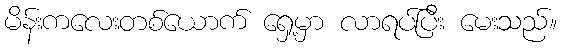
မိန်းကလေးတစ်ယောက် ရှေ့မှာ လာရပ်ပြီး မေးသည်။